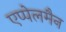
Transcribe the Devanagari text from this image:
एप्पेलमैन